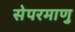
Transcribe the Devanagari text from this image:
सेपरमाणु